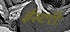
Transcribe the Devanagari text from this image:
ईस्टरी